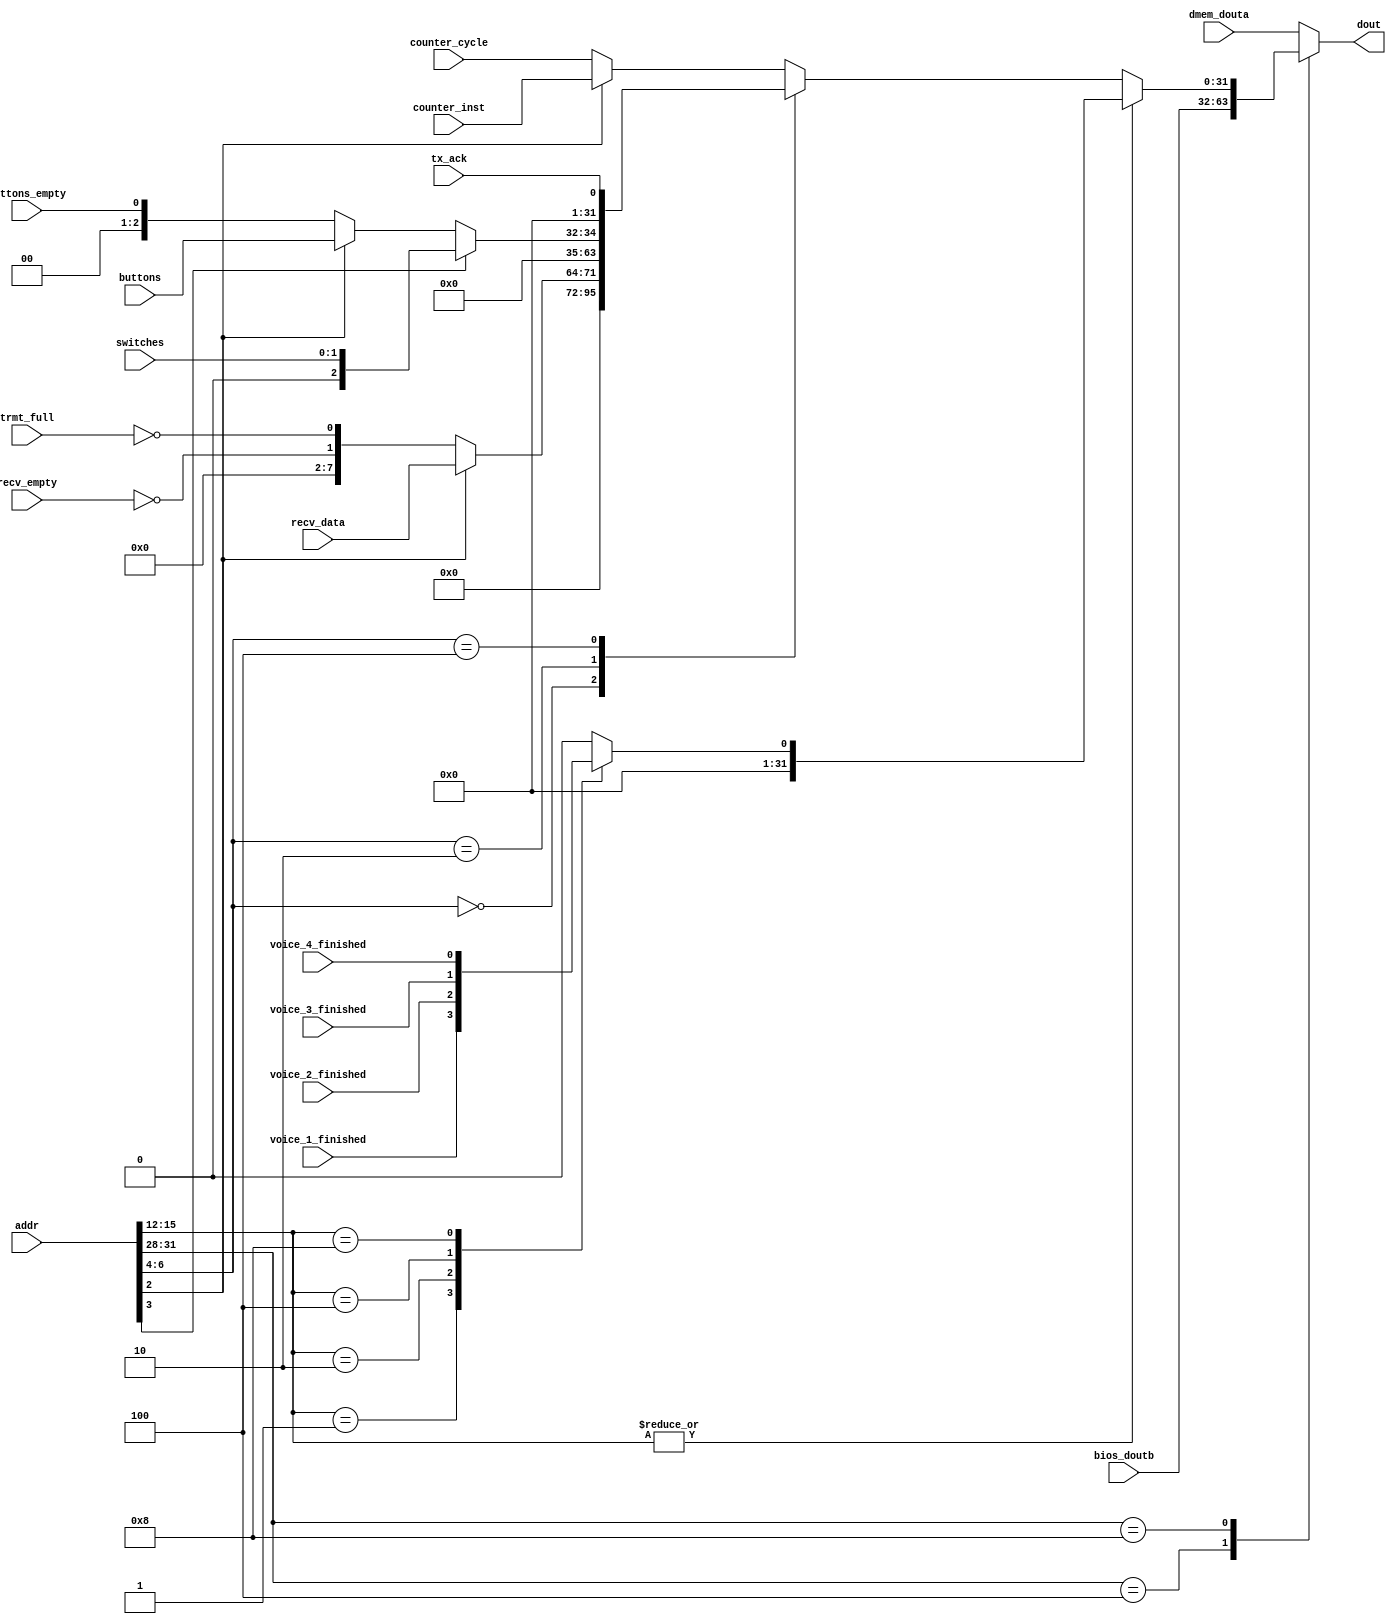
module dmem_rsel (
    input [31:0] addr,
    output reg [31:0] dout,
    input [31:0] bios_doutb,
    input [31:0] dmem_douta,
    input trmt_full,
    input recv_empty,
    input [7:0] recv_data,
    input [31:0] counter_cycle,
    input [31:0] counter_inst,
    input buttons_empty,
    input [2:0] buttons,
    input [1:0] switches,
    input tx_ack,
    input voice_1_finished,
    input voice_2_finished,
    input voice_3_finished,
    input voice_4_finished
);

    always @ (*) begin
        case (addr[31:28])
            4'b0100:
                dout = bios_doutb;
            4'b1000:
                if (~(|addr[15:12]))
                    case (addr[6:4])
                        3'b000:
                            dout = addr[2] ? {24'b0, recv_data} : {30'b0, ~recv_empty, ~trmt_full};
                        3'b010:
                            dout = addr[3] ? {30'b0, switches} : addr[2] ? {29'b0, buttons} : {31'b0, buttons_empty};
                        3'b100:
                            dout = {31'b0, tx_ack};
                        default:
                            dout = addr[2] ? counter_inst : counter_cycle;
                    endcase
                else
                    case (addr[15:12])
                        4'b0001:
                            dout = {31'b0, voice_1_finished};
                        4'b0010:
                            dout = {31'b0, voice_2_finished};
                        4'b0100:
                            dout = {31'b0, voice_3_finished};
                        4'b1000:
                            dout = {31'b0, voice_4_finished};
                        default:
                            dout = 32'b0;
                    endcase
            default:
                dout = dmem_douta;
        endcase
    end

endmodule